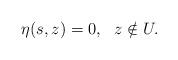
LaTeX: \begin{align*}\eta(s,z)=0,\ \ z\notin U.\end{align*}